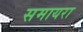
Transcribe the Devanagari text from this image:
समायरा